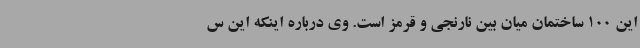
این 100 ساختمان میان بین نارنجی و قرمز است. وی درباره اینکه این س